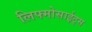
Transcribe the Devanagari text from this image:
लिफ्मोसाईट्स